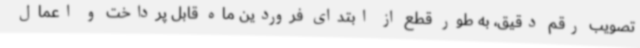
تصویب رقم دقیق، به طور قطع از ابتدای فروردین ماه قابل پرداخت و اعمال